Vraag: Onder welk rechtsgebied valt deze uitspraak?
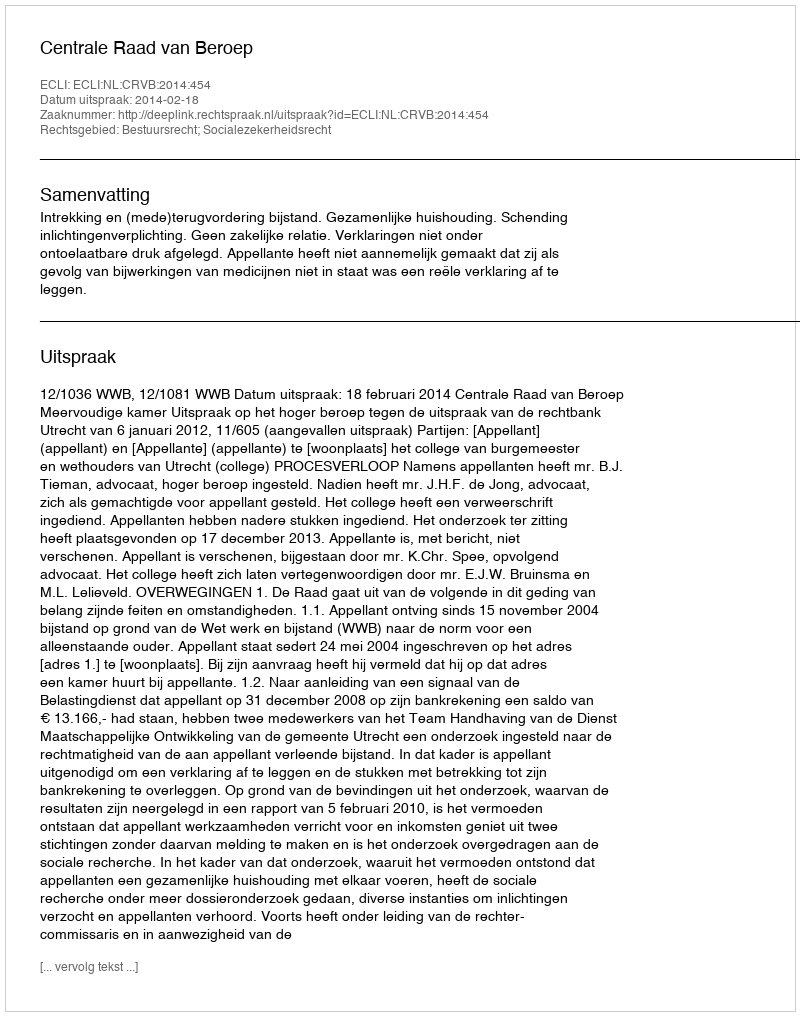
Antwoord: Bestuursrecht; Socialezekerheidsrecht